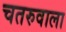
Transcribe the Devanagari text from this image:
चतरुवाला